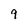
Character: 9